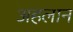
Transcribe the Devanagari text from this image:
अहलान